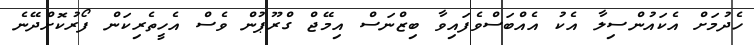
ހެދުމަށް އެކައުންސިލާ އެކު އެއްބަސްވެފައިވާ ބިޒްނަސް އިމޭޖް ގްރޫޕުން ވެސް އެހީތެރިކަން ފޯރުކޮށްދޭނެ